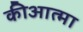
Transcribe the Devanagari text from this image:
कीआत्मा